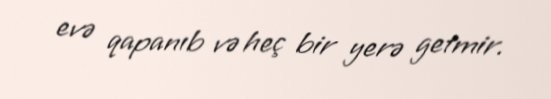
evə qapanıb və heç bir yerə getmir.